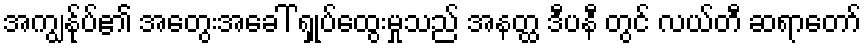
အကျွန်ုပ်၏ အတွေးအခေါ် ရှုပ်ထွေးမှုသည် အနတ္ထ ဒီပနီ တွင် လယ်တီ ဆရာတော်